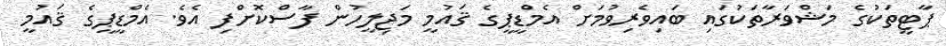
ޕާޓީތަކުގެ މަޝްވަރާތަކުގައި ބައިވެރިވުމަށް އެމްޑީޕީގެ ޤައުމީ މަޖިލީހުން ފާސްކޮށްފި އެވެ. އެމްޑީޕީގެ ޤައުމީ